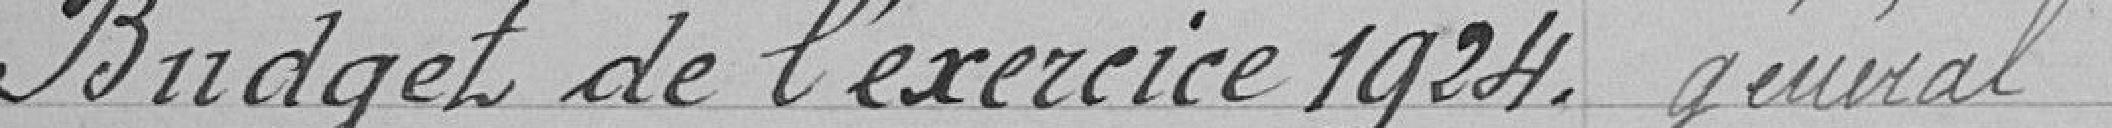
Budget de l'exercice 1924